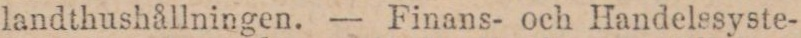
landthushållningen. — Finans- och Handelssyste-